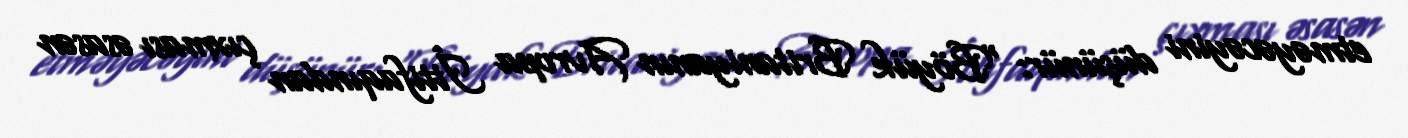
etməyəcəyini düşünür: “Böyük Britaniyanın Avropa İttifaqından çıxması əsasən